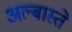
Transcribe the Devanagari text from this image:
अल्बास्ते